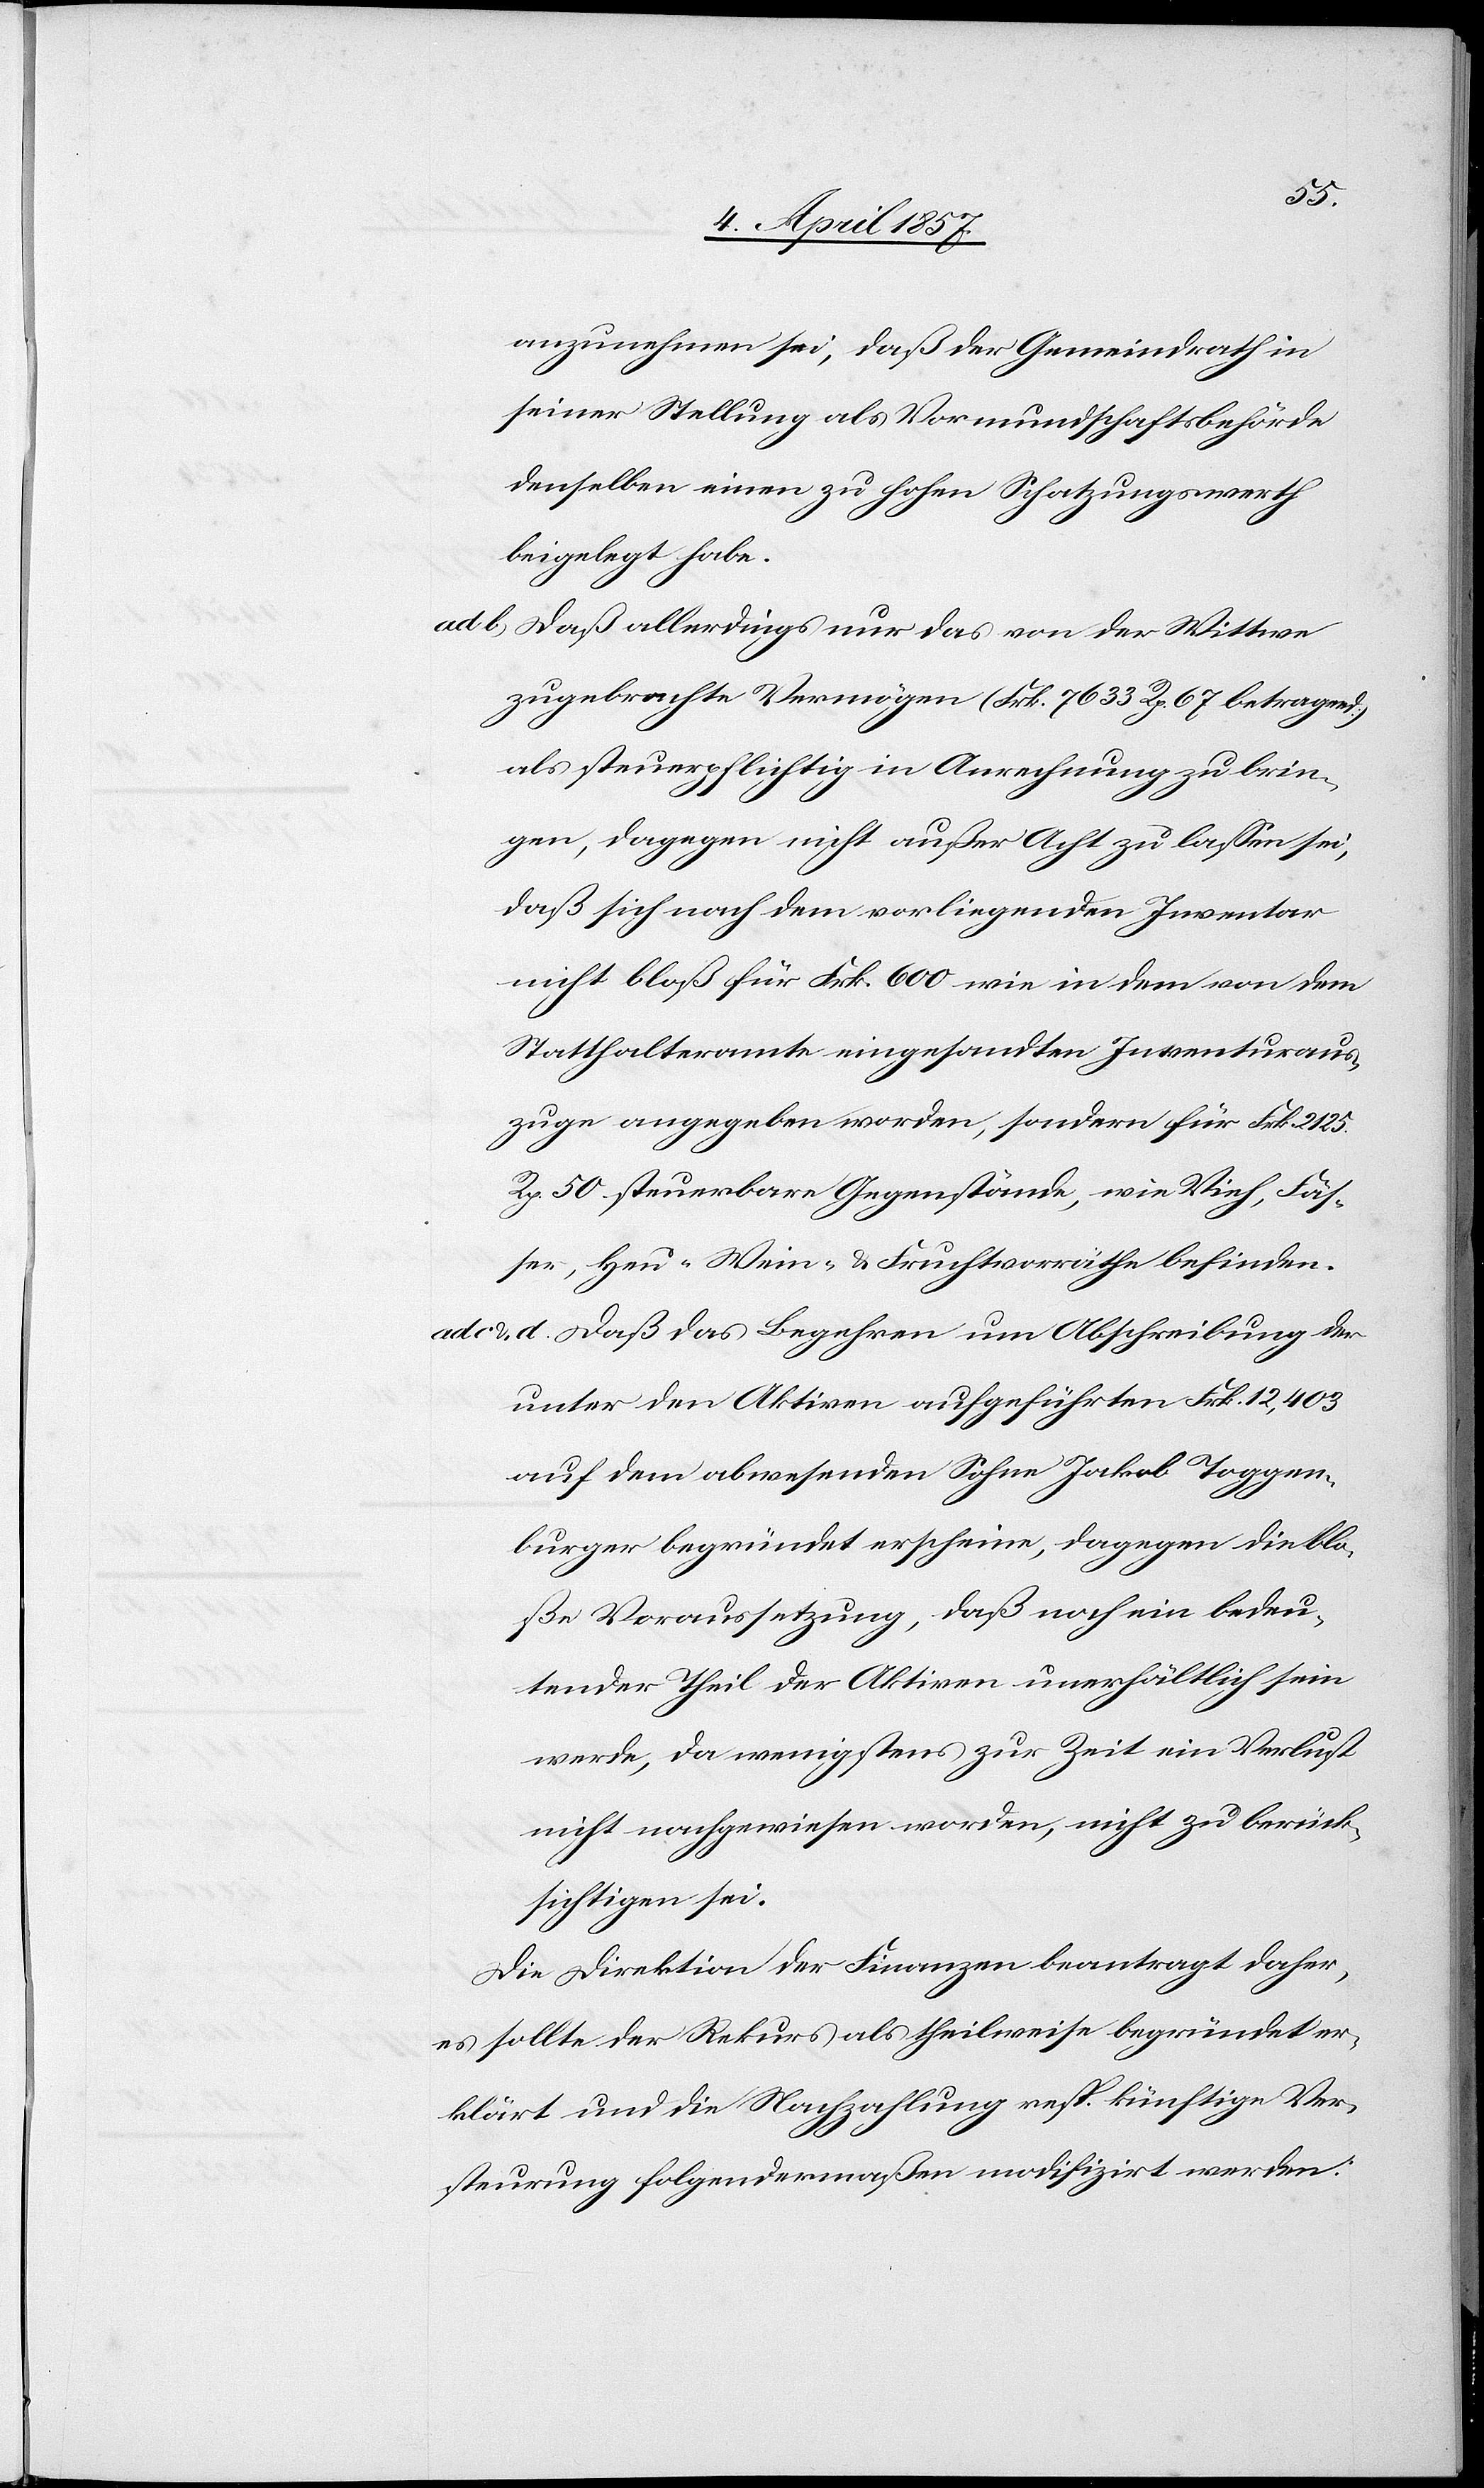
anzunehmen sei, daß der Gemeindrath in
seiner Stellung als Vormundschaftsbehörde
denselben einen zu hohen Schatzungswerth
beigelegt habe.
ad b) Daß allerdings nur das von der Wittwe
zugebrachte Vermögen (Frk. 7633 Rp. 67 betragend)
als steuerpflichtig in Anrechnung zu brin¬
gen, dagegen nicht außer Acht zu lassen sei,
daß sich nach dem vorliegenden Inventar
nicht bloß für Frk. 600 wie in dem von dem
Statthalteramte eingesandten Inventuraus¬
zuge angegeben worden, sondern für Frk. 2125.
Rp. 50 steuerbare Gegenstände, wie Vieh, Fäs¬
ser, Heu-[,] Wein- & Fruchtvorräthe befinden.
ad c & d) Daß das Begehren um Abschreibung der
unter den Aktiven aufgeführten Frk. 12,403
auf dem abwesenden Sohne Jakob Toggen¬
burger begründet erscheine, dagegen die blo¬
ße Voraussetzung, daß noch ein bedeu¬
tender Theil der Aktiven unerhältlich sein
werde, da wenigstens zur Zeit ein Verlust
nicht nachgewiesen worden, nicht zu berück¬
sichtigen sei.
Die Direktion der Finanzen beantragt daher,
es sollte der Rekurs als theilweise begründet er¬
klärt und die Nachzahlung resp. künftige Ver¬
steurung folgendermaßen modifizirt werden: